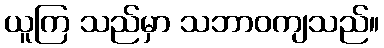
ယူကြ သည်မှာ သဘာဝကျသည်။